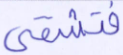
فتشقى